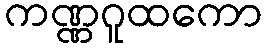
ကဏ္ဏဂူထကော